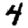
Digit: 4